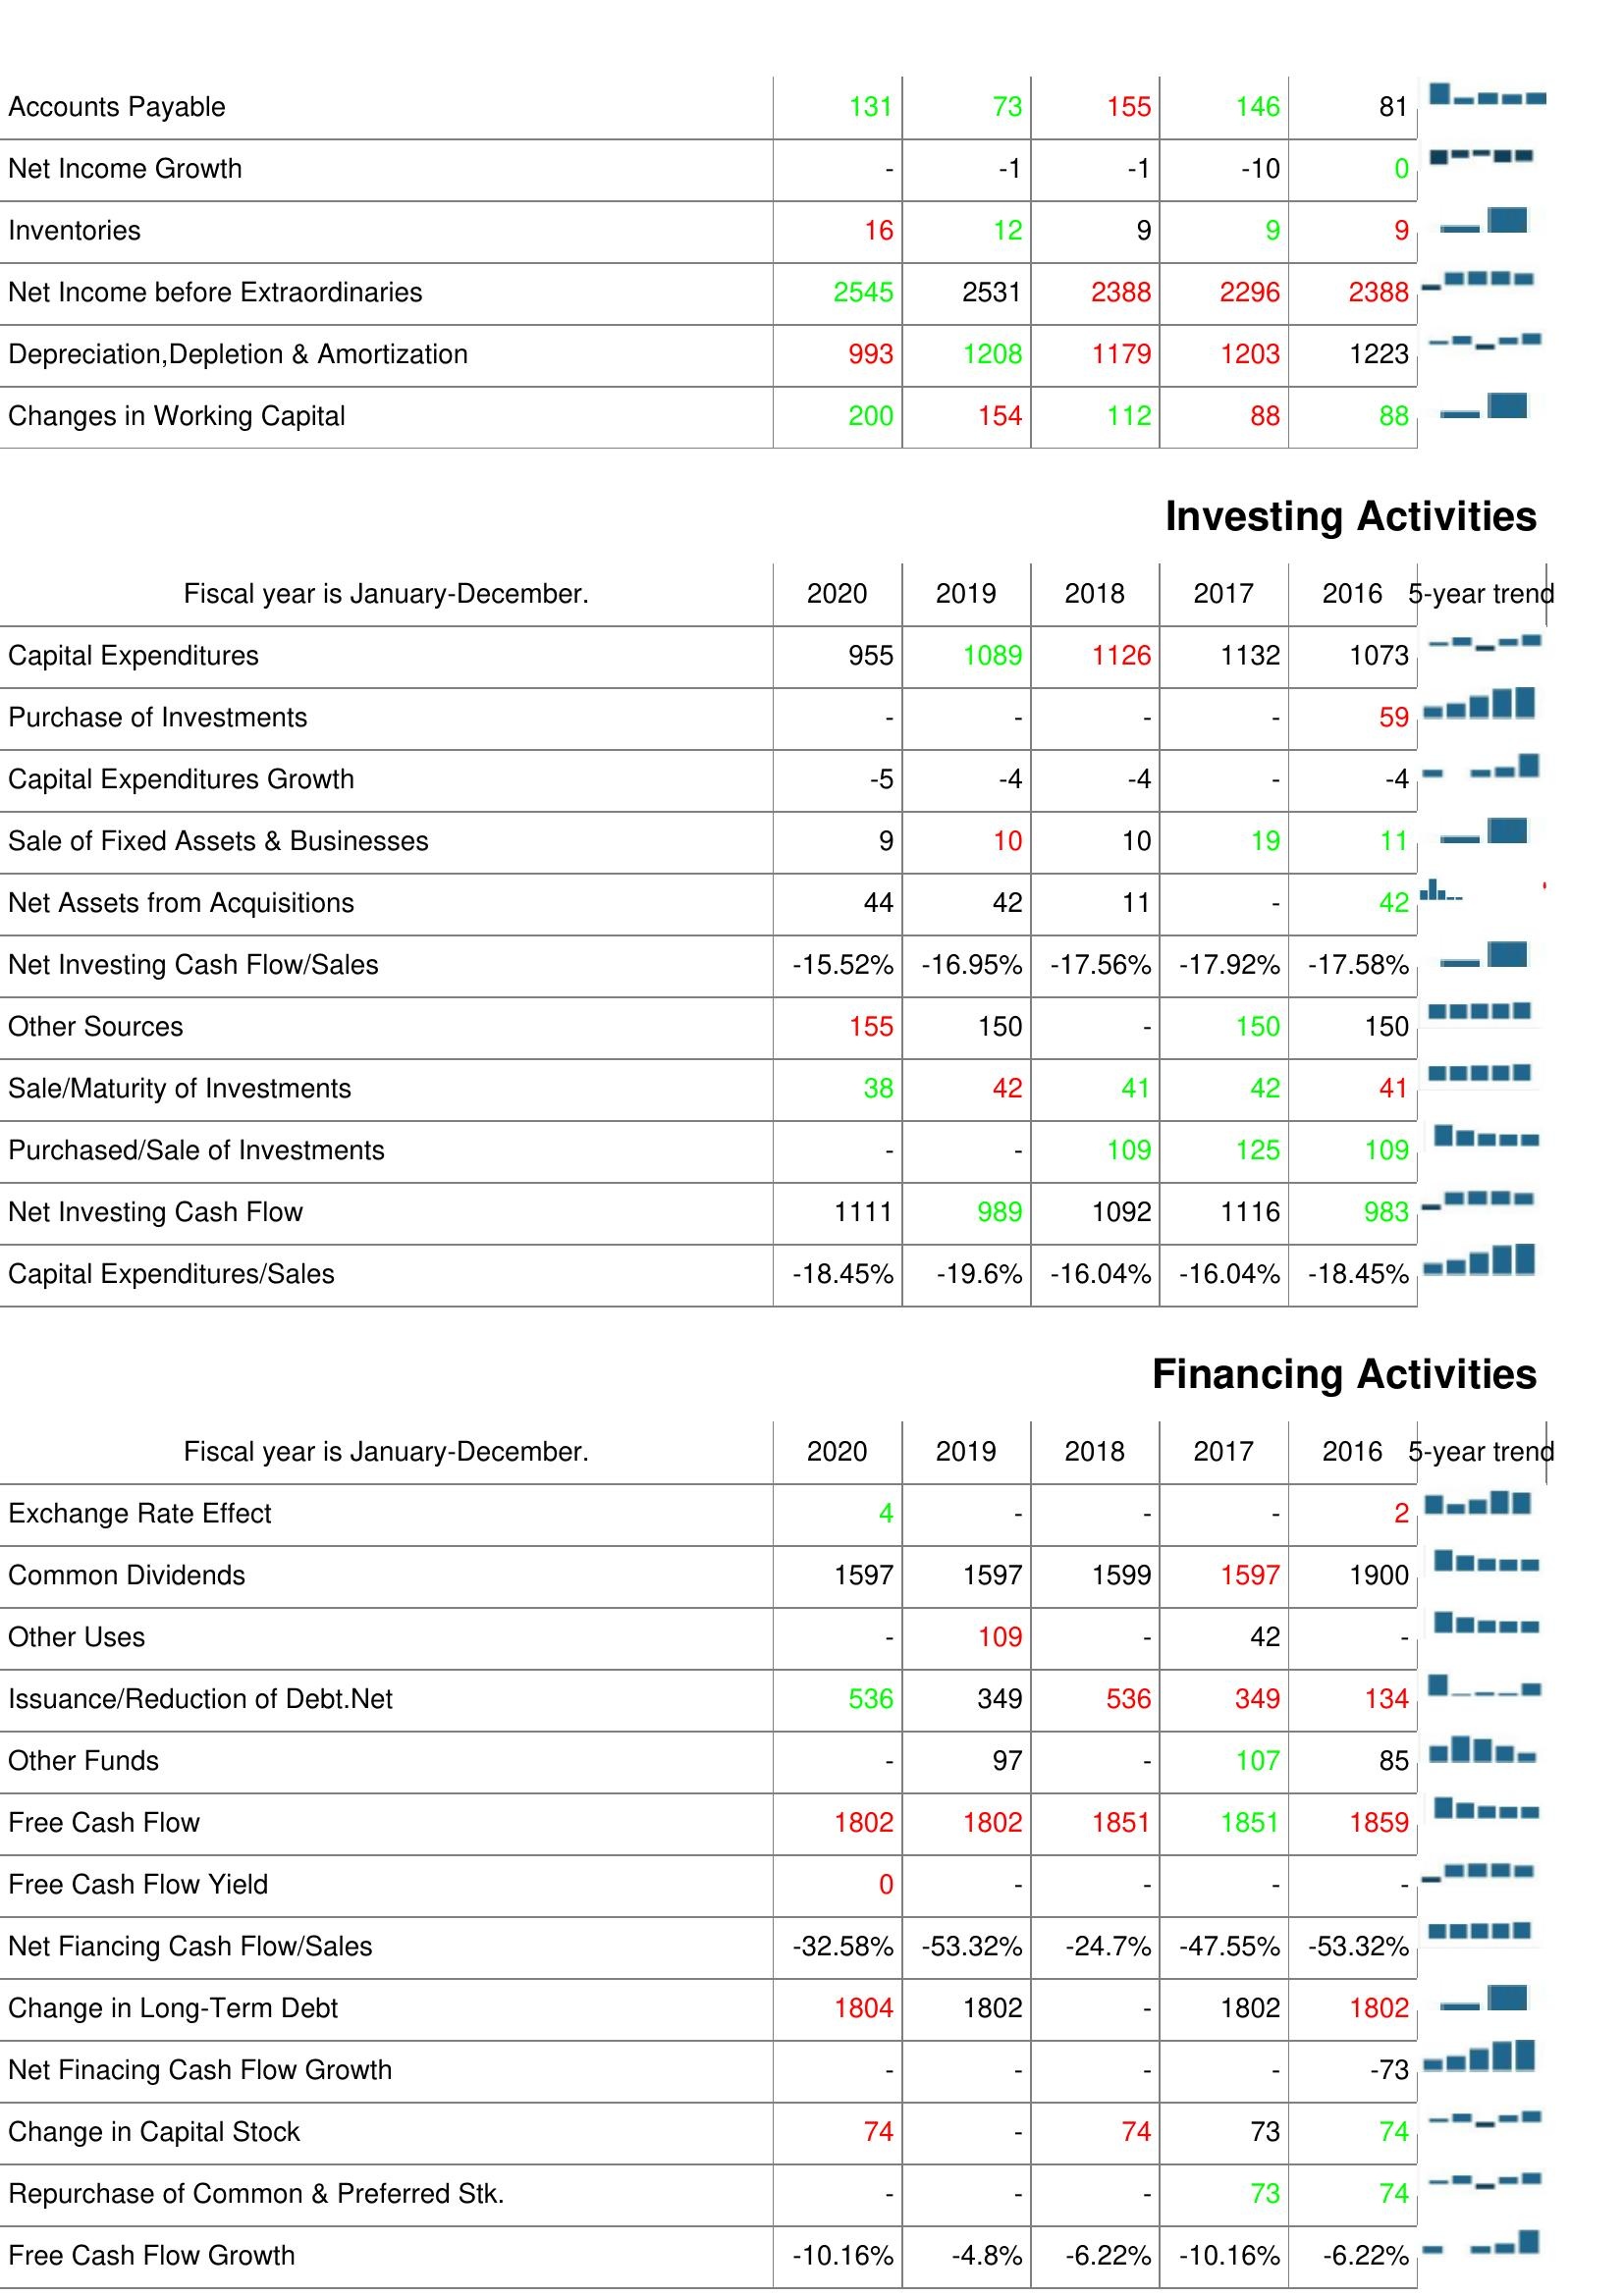
2020: Operating Activities: Accounts Payable: 131
Net Income Growth: -
Inventories: 16
Net Income before Extraordinaries: 2545
Depreciation,Depletion & Amortization: 993
Changes in Working Capital: 200
Investing Activities: Capital Expenditures: 955
Purchase of Investments: -
Capital Expenditures Growth: -5
Sale of Fixed Assets & Businesses: 9
Net Assets from Acquisitions: 44
Net Investing Cash Flow/Sales: -15.52%
Other Sources: 155
Sale/Maturity of Investments: 38
Purchased/Sale of Investments: -
Net Investing Cash Flow: 1111
Capital Expenditures/Sales: -18.45%
Financing Activities: Exchange Rate Effect: 4
Common Dividends: 1597
Other Uses: -
Issuance/Reduction of Debt.Net: 536
Other Funds: -
Free Cash Flow: 1802
Free Cash Flow Yield: 0
Net Fiancing Cash Flow/Sales: -32.58%
Change in Long-Term Debt: 1804
Net Finacing Cash Flow Growth: -
Change in Capital Stock: 74
Repurchase of Common & Preferred Stk.: -
Free Cash Flow Growth: -10.16%
2019: Operating Activities: Accounts Payable: 73
Net Income Growth: -1
Inventories: 12
Net Income before Extraordinaries: 2531
Depreciation,Depletion & Amortization: 1208
Changes in Working Capital: 154
Investing Activities: Capital Expenditures: 1089
Purchase of Investments: -
Capital Expenditures Growth: -4
Sale of Fixed Assets & Businesses: 10
Net Assets from Acquisitions: 42
Net Investing Cash Flow/Sales: -16.95%
Other Sources: 150
Sale/Maturity of Investments: 42
Purchased/Sale of Investments: -
Net Investing Cash Flow: 989
Capital Expenditures/Sales: -19.6%
Financing Activities: Exchange Rate Effect: -
Common Dividends: 1597
Other Uses: 109
Issuance/Reduction of Debt.Net: 349
Other Funds: 97
Free Cash Flow: 1802
Free Cash Flow Yield: -
Net Fiancing Cash Flow/Sales: -53.32%
Change in Long-Term Debt: 1802
Net Finacing Cash Flow Growth: -
Change in Capital Stock: -
Repurchase of Common & Preferred Stk.: -
Free Cash Flow Growth: -4.8%
2018: Operating Activities: Accounts Payable: 155
Net Income Growth: -1
Inventories: 9
Net Income before Extraordinaries: 2388
Depreciation,Depletion & Amortization: 1179
Changes in Working Capital: 112
Investing Activities: Capital Expenditures: 1126
Purchase of Investments: -
Capital Expenditures Growth: -4
Sale of Fixed Assets & Businesses: 10
Net Assets from Acquisitions: 11
Net Investing Cash Flow/Sales: -17.56%
Other Sources: -
Sale/Maturity of Investments: 41
Purchased/Sale of Investments: 109
Net Investing Cash Flow: 1092
Capital Expenditures/Sales: -16.04%
Financing Activities: Exchange Rate Effect: -
Common Dividends: 1599
Other Uses: -
Issuance/Reduction of Debt.Net: 536
Other Funds: -
Free Cash Flow: 1851
Free Cash Flow Yield: -
Net Fiancing Cash Flow/Sales: -24.7%
Change in Long-Term Debt: -
Net Finacing Cash Flow Growth: -
Change in Capital Stock: 74
Repurchase of Common & Preferred Stk.: -
Free Cash Flow Growth: -6.22%
2017: Operating Activities: Accounts Payable: 146
Net Income Growth: -10
Inventories: 9
Net Income before Extraordinaries: 2296
Depreciation,Depletion & Amortization: 1203
Changes in Working Capital: 88
Investing Activities: Capital Expenditures: 1132
Purchase of Investments: -
Capital Expenditures Growth: -
Sale of Fixed Assets & Businesses: 19
Net Assets from Acquisitions: -
Net Investing Cash Flow/Sales: -17.92%
Other Sources: 150
Sale/Maturity of Investments: 42
Purchased/Sale of Investments: 125
Net Investing Cash Flow: 1116
Capital Expenditures/Sales: -16.04%
Financing Activities: Exchange Rate Effect: -
Common Dividends: 1597
Other Uses: 42
Issuance/Reduction of Debt.Net: 349
Other Funds: 107
Free Cash Flow: 1851
Free Cash Flow Yield: -
Net Fiancing Cash Flow/Sales: -47.55%
Change in Long-Term Debt: 1802
Net Finacing Cash Flow Growth: -
Change in Capital Stock: 73
Repurchase of Common & Preferred Stk.: 73
Free Cash Flow Growth: -10.16%
2016: Operating Activities: Accounts Payable: 81
Net Income Growth: 0
Inventories: 9
Net Income before Extraordinaries: 2388
Depreciation,Depletion & Amortization: 1223
Changes in Working Capital: 88
Investing Activities: Capital Expenditures: 1073
Purchase of Investments: 59
Capital Expenditures Growth: -4
Sale of Fixed Assets & Businesses: 11
Net Assets from Acquisitions: 42
Net Investing Cash Flow/Sales: -17.58%
Other Sources: 150
Sale/Maturity of Investments: 41
Purchased/Sale of Investments: 109
Net Investing Cash Flow: 983
Capital Expenditures/Sales: -18.45%
Financing Activities: Exchange Rate Effect: 2
Common Dividends: 1900
Other Uses: -
Issuance/Reduction of Debt.Net: 134
Other Funds: 85
Free Cash Flow: 1859
Free Cash Flow Yield: -
Net Fiancing Cash Flow/Sales: -53.32%
Change in Long-Term Debt: 1802
Net Finacing Cash Flow Growth: -73
Change in Capital Stock: 74
Repurchase of Common & Preferred Stk.: 74
Free Cash Flow Growth: -6.22%